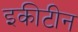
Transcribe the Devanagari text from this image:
इकीटीन